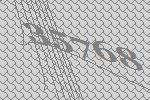
35768